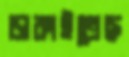
ডাকাইতেছ